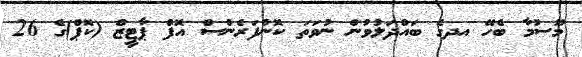
މޫސުމާ ބެހޭ އދގެ ބައްދަލުވުން ނުވަތަ ކޮންފަރެންސް އޮފް ޕާޓީޒް (ކޮޕް)ގެ 26